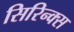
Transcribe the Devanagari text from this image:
सिरिन्क्स